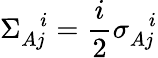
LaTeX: \Sigma_{Aj}^{\, \, \, \, i}=\frac{i}{2}\sigma_{Aj}^{\, \, \, \, i}